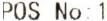
POS NO:1